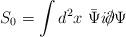
LaTeX: \begin{align*}S_0 = \int d^2x~\bar{\Psi} i \raise.15ex\hbox {$/$}\kern-.57em\hbox{$\partial$} \Psi\end{align*}